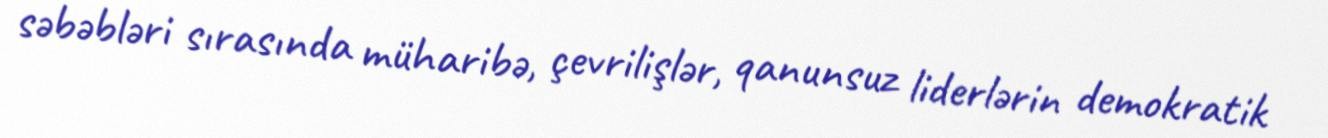
səbəbləri sırasında müharibə, çevrilişlər, qanunsuz liderlərin demokratik